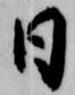
日